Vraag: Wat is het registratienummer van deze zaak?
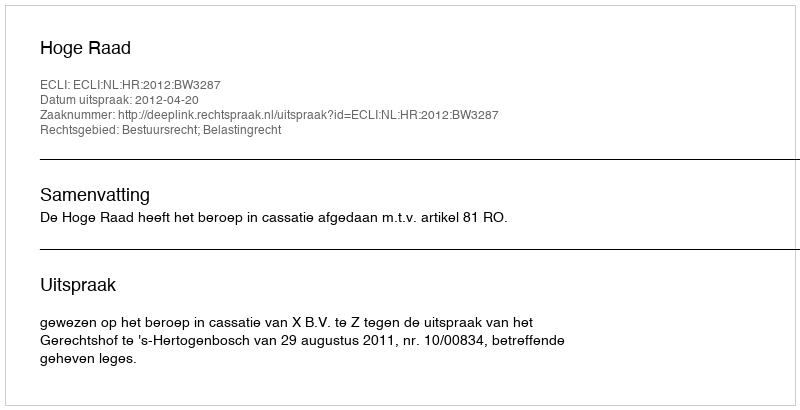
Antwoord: http://deeplink.rechtspraak.nl/uitspraak?id=ECLI:NL:HR:2012:BW3287